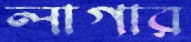
লাগার